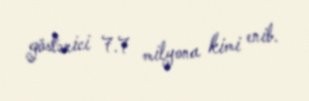
göstərici 7.7 milyona kimi enib.